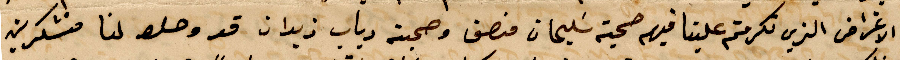
والاغراض الذين تكرمتم علينا فيهم صحية سليمان منصف وصحبته دياب زيدان قد وصلو لنا متشكرين